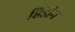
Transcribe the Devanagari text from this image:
हिंडौन